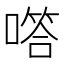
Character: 㗳